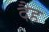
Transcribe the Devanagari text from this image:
दैह